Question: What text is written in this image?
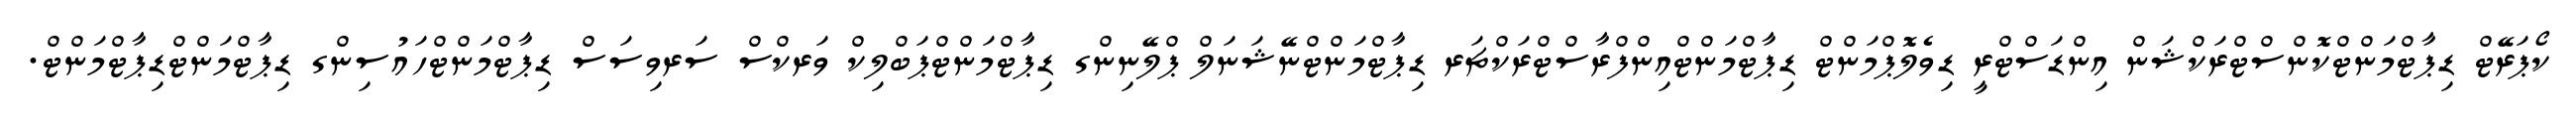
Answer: ކޯޕަރޭޓް ޑިޕާޓްމަންޓްކޮންސްޓްރަކްޝަން އިންޑަސްޓްރީ ޑިވެލޮޕްމަންޓް ޑިޕާޓްމަންޓްއިންފްރާސްޓްރަކްޗަރ ޑިޕާޓްމަންޓްނޭޝަނަލް ޕްލޭނިންގ ޑިޕާޓްމަންޓްޕަބްލިކް ވަރކްސް ސަރވިސަސް ޑިޕާޓްމަންޓްހައުސިންގ ޑިޕާޓްމަންޓްޑިޕާޓްމަންޓް.